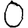
Digit: 0